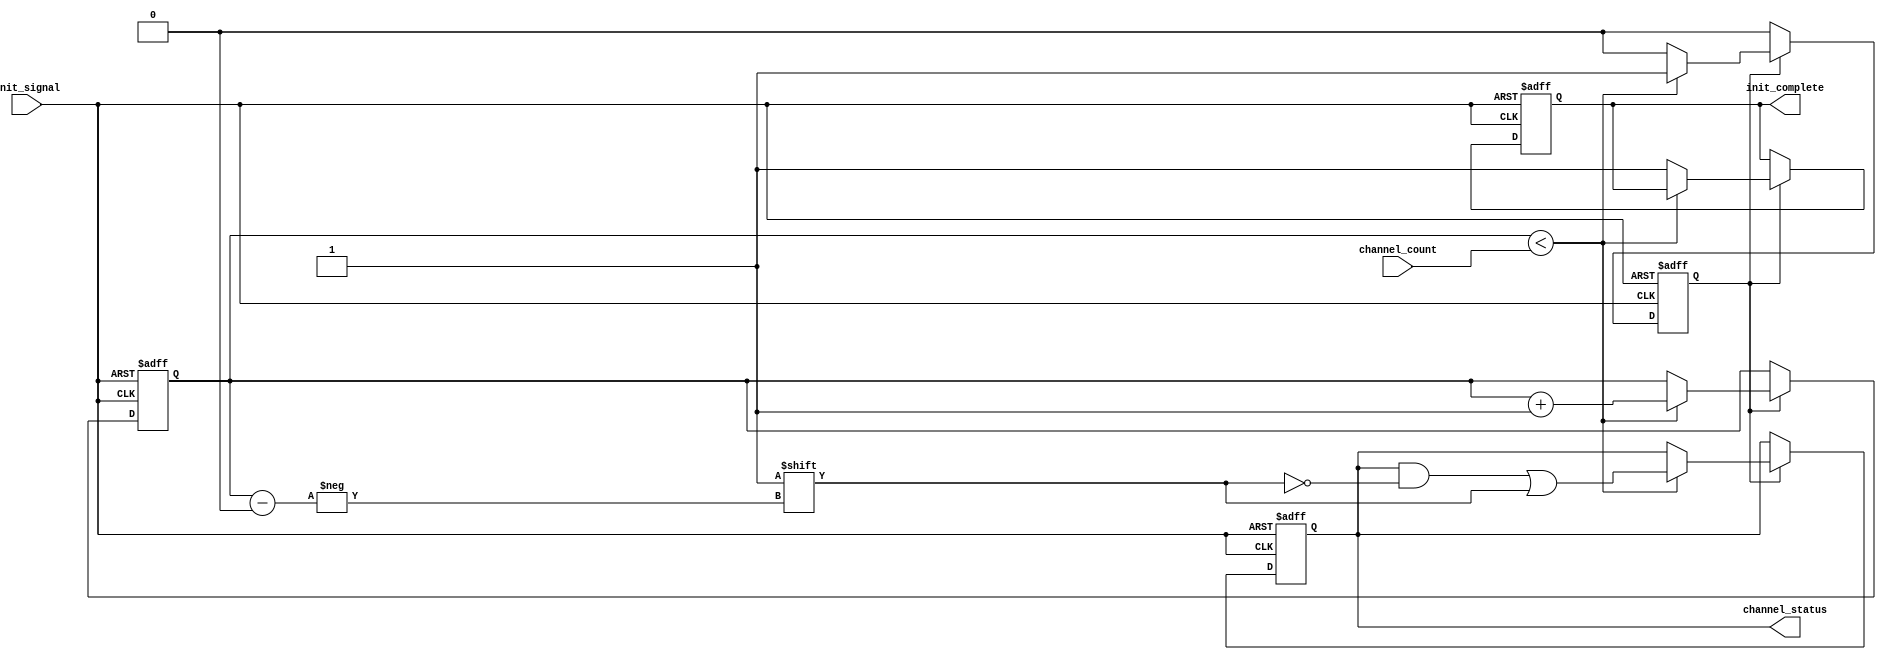
module multi_channel_initialization #(
    parameter MAX_CHANNELS = 8  // Maximum number of channels
)(
    input wire init_signal,                // Control signal to trigger initialization
    input wire [3:0] channel_count,        // Number of channels to initialize (up to 15)
    output reg [MAX_CHANNELS-1:0] channel_status, // Status of each channel
    output reg init_complete               // Indicates completion of initialization
);

    // Internal signals
    reg [MAX_CHANNELS-1:0] channel_state; // Current state of each channel
    reg [3:0] channel_index;               // Index for channel iteration
    reg initializing;                      // Flag to indicate initialization in progress

    // Initialization process
    always @(posedge init_signal or negedge init_signal) begin
        if (init_signal) begin
            // Start initialization
            initializing <= 1'b1;
            init_complete <= 1'b0;
            channel_status <= {MAX_CHANNELS{1'b0}}; // Clear channel status
            channel_state <= {MAX_CHANNELS{1'b0}};   // Clear channel states
            channel_index <= 0;                       // Reset channel index
        end else if (initializing) begin
            // Perform initialization for each channel
            if (channel_index < channel_count) begin
                // Simulate channel initialization
                channel_state[channel_index] <= 1'b1; // Set channel state to initialized
                channel_status[channel_index] <= 1'b1; // Update status to initialized
                channel_index <= channel_index + 1; // Move to the next channel
            end else begin
                // All channels initialized
                initializing <= 1'b0; // Reset initializing flag
                init_complete <= 1'b1; // Set initialization complete signal
            end
        end
    end

endmodule